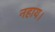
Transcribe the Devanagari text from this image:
नहाय।